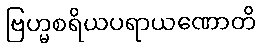
ဗြဟ္မစရိယပရာယဏောတိ